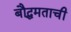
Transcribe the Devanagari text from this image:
बौद्धमताची